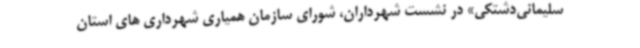
سلیمانی‌دشتکی» در نشست شهرداران، شورای سازمان همیاری شهرداری های استان